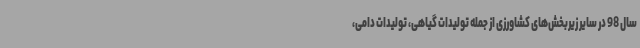
سال 98 در سایر زیربخش‌های کشاورزی از جمله تولیدات گیاهی، تولیدات دامی،